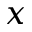
x